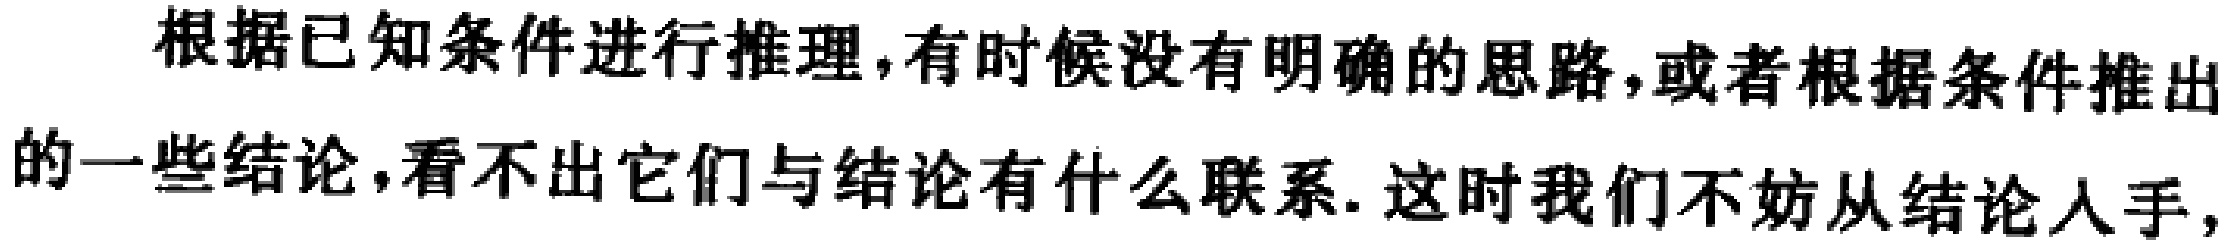
根据已知条件进行推理,有时候没有明确的思路,或者根据条件推出的一些结论,看不出它们与结论有什么联系. 这时我们不妨从结论入手,